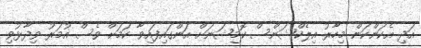
އަދި އެކަންކަން މިހާރު އިލެކްޝަންސް ކޮމިޝަނަށް އަންގައިފައިވާ ކަމަށް ވެސް އުމަރު ވިދާޅުވި